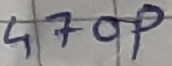
Text: 470p